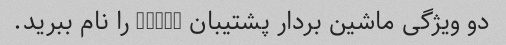
دو ویژگی ماشین بردار پشتیبان (SVM) را نام ببرید.